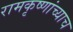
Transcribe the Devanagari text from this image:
रामकृष्णांच्याच